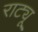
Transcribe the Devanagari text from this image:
राट्यू